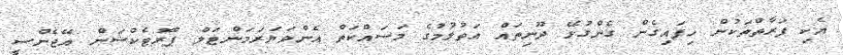
އެކި ފަރާތްތަކުން ހިފައިގެން ގެންގުޅޭ ދޫނިތައް އަތުލުމުގެ މަސައްކަތް އެންވަޔަރަމަންޓަލް ޕްރޮޓެކްޝަން އޭޖެންސީ